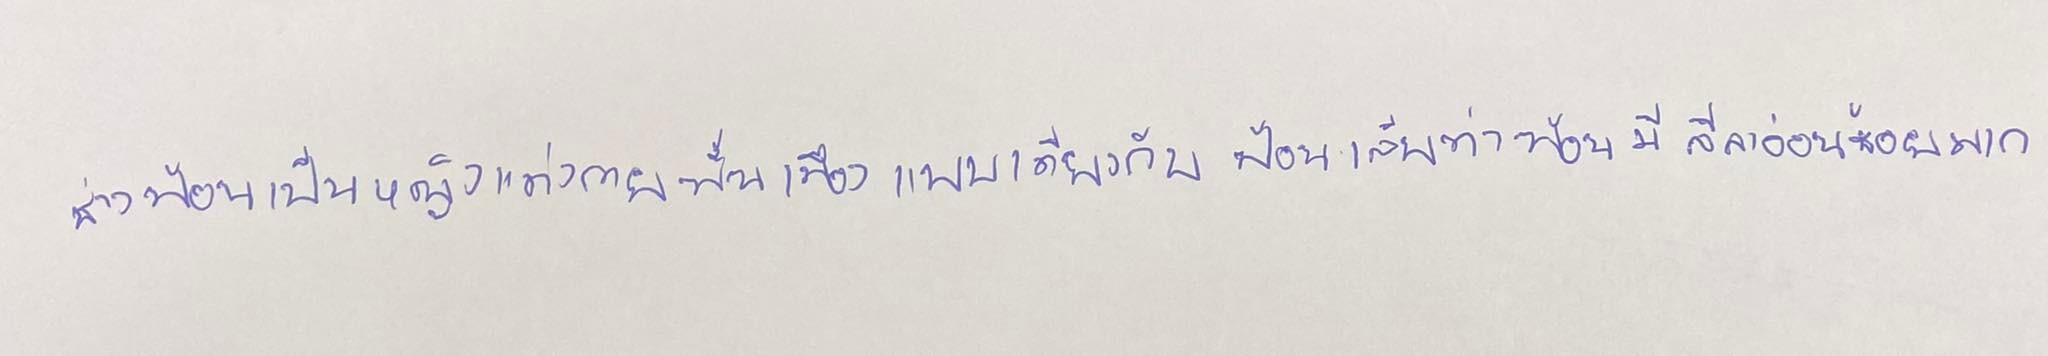
ช่างฟ้อนเป็นหญิงแต่งกายพื้นเมืองแบบเดียวกับฟ้อนเล็บท่าฟ้อนมีลีลาอ่อนช้อยมาก